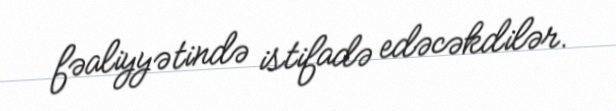
fəaliyyətində istifadə edəcəkdilər.